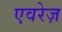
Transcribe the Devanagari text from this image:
एवरेज़